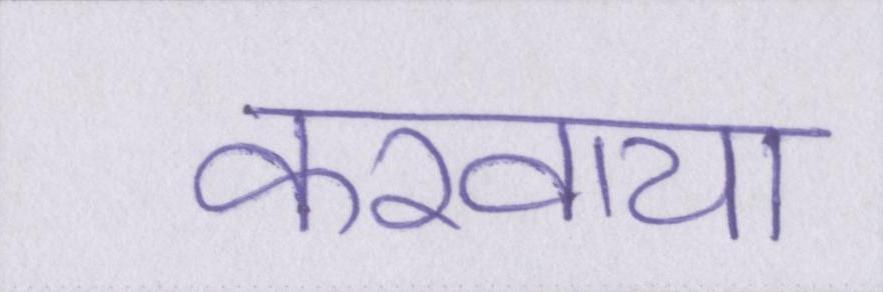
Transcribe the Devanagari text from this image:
करवाया